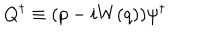
Q ^ { \dagger } \equiv ( p - i W ( q ) ) \psi ^ { \dagger }